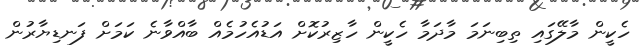
ހެކީން މާލޭގައި ތިބިނަމަ މާދަމާ ހެކީން ހާޒިރުކޮށް އަޑުއެހުމެއް ބާއްވާނެ ކަމަށް ފަނޑިޔާރުން